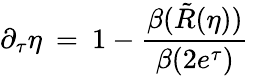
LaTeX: \partial_{\tau}\eta\: =\: 1-\frac{\beta(\tilde{R}(\eta))}{\beta(2e^{\tau})}\,